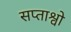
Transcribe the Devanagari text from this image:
सप्ताश्वो